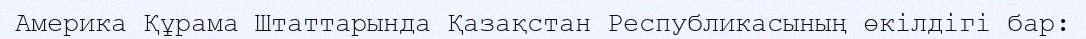
Америка Құрама Штаттарында Қазақстан Республикасының өкілдігі бар: